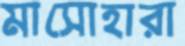
মাসোহারা